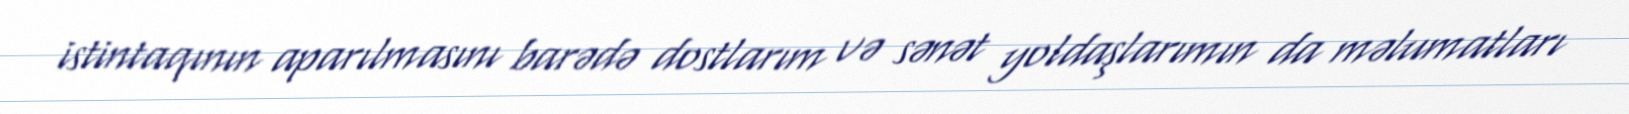
istintaqının aparılmasını barədə dostlarım və sənət yoldaşlarımın da məlumatları